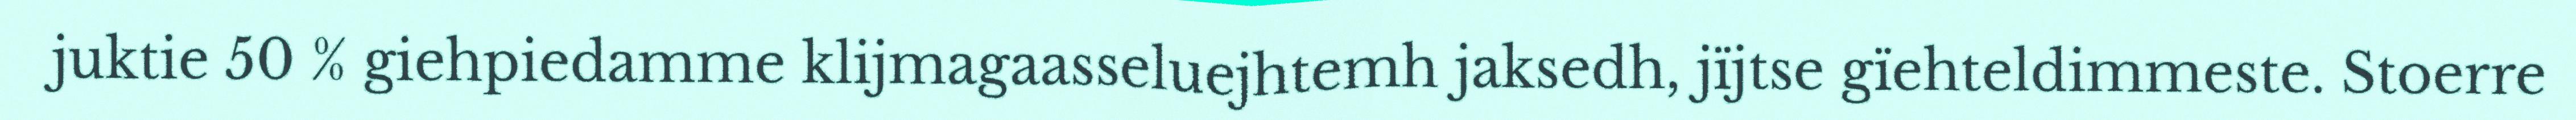
juktie 50 % giehpiedamme klijmagaasseluejhtemh jaksedh, jïjtse gïehteldimmeste. Stoerre